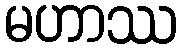
မဟာဿ